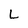
Character: L